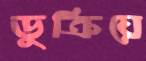
ডুক্‌রিয়ে